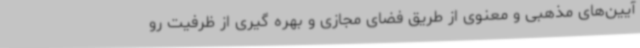
آیین‌های مذهبی و معنوی از طریق فضای مجازی و بهره گیری از ظرفیت رو